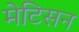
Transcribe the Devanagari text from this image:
मेटिसन